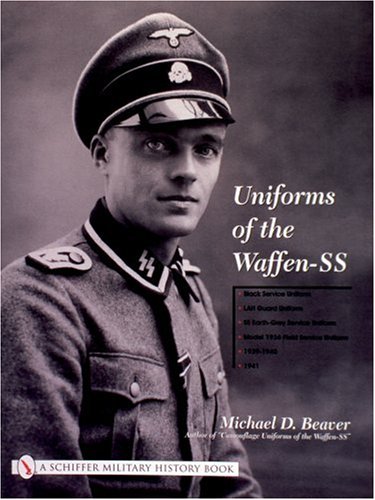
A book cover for Uniforms of the Waffen-SS, Vol. 1: Black Service Uniform, LAH Guard Uniform, SS Earth-Grey Service Uniform, Model 1936 Field Service Uniform, 1939-1941; Michael D. Beaver; Crafts, Hobbies & Home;